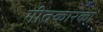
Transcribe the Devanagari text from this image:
गीतकारका